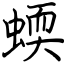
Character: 蝡